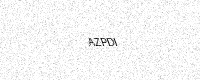
Text: AZPDI